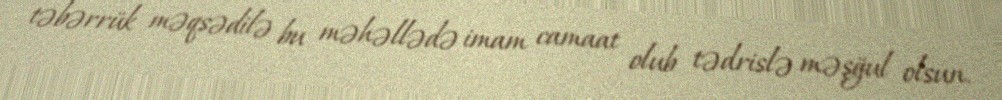
təbərrük məqsədilə bu məhəllədə imam camaat olub tədrislə məşğul olsun.